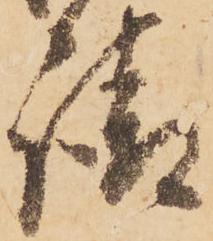
請